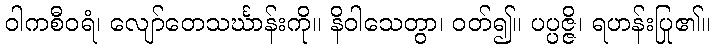
ဝါကစီဝရံ၊ လျော်တေသင်္ဃာန်းကို။ နိဝါသေတွာ၊ ဝတ်၍။ ပပ္ပဇ္ဇိ၊ ရဟန်းပြု၏။